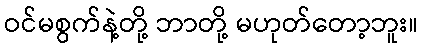
ဝင်မစွက်နဲ့တို့ ဘာတို့ မဟုတ်တော့ဘူး။